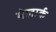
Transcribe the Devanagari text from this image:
मेलार्क